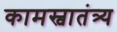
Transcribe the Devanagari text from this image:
कामस्वातंत्र्य